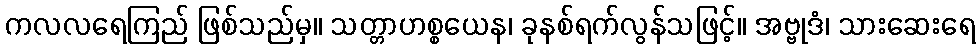
ကလလရေကြည် ဖြစ်သည်မှ။ သတ္တာဟစ္စယေန၊ ခုနစ်ရက်လွန်သဖြင့်။ အဗ္ဗုဒံ၊ သားဆေးရေ